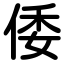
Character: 倭